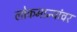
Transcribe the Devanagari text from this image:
लोकमान्यांवर